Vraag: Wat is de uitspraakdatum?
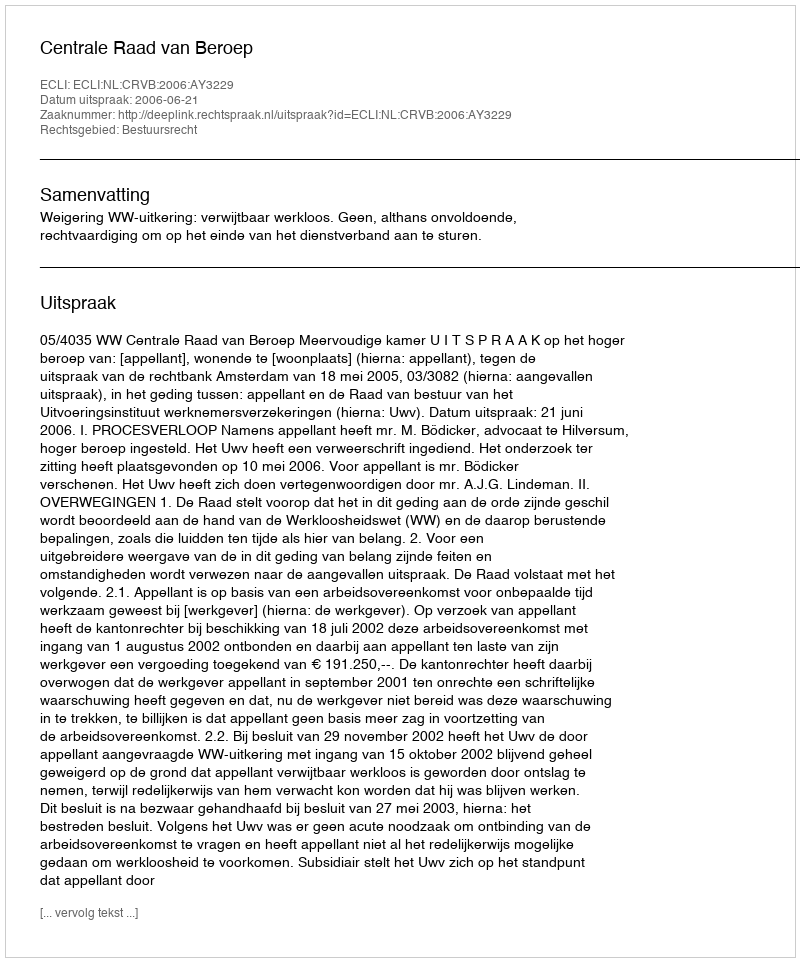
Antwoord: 2006-06-21